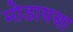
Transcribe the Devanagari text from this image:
मोडायचा